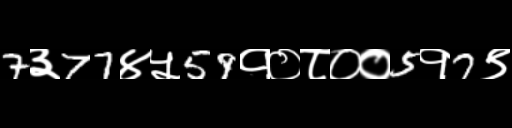
Text: 7३77४५59१०८००5१7९